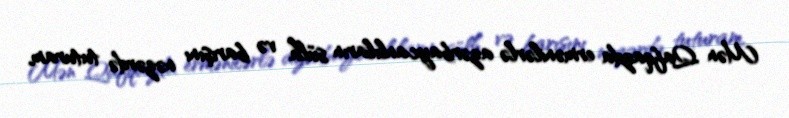
Mən Qafqazda ermənilərlə azərbaycanlıların sülh və barışını nəzərdə tuturam,